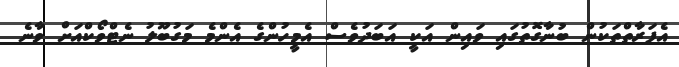
އެފަރާތްތަކުން ބުނާގޮތުގައި ވައިން އަކީ އަބަދުވެސް އެމީހުންގެ އެންމެ މަގުބޫލު ނެޓްވޯކްއަށް ވާނެ